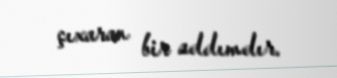
çıxaran bir addımdır.